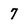
Character: 7